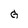
Character: G